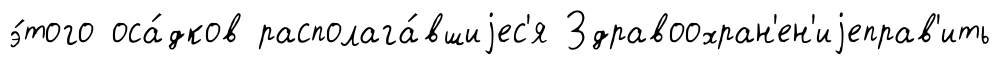
э́того оса́дков располага́вшиjес'я Здравоохран'ен'иjеправ'ить